Lunatic asylums Central Provinces reports 1874-1885 - 1874-1885
Year: 1874
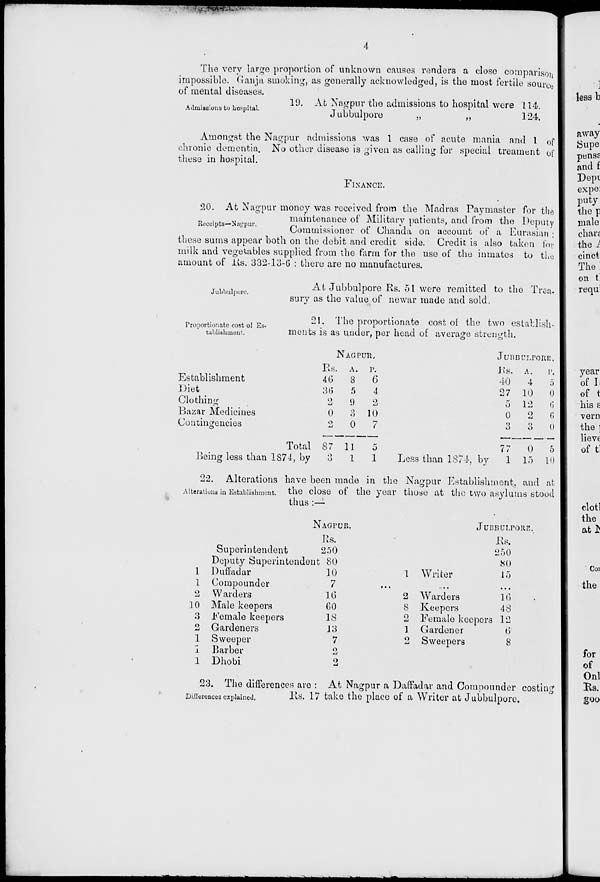
4
The very large proportion of unknown causes renders a close comparison
impossible. Ganja smoking, as generally acknowledged, is the most fertile source
of mental diseases.
Admissions to hospital.
19. At Nagpur the admissions to hospital were 114.
Jubbulpore
„ „
124.
Amongst the Nagpur admissions was 1 case of acute mania and 1 of
chronic dementia. No other disease is given as calling for special treament of
these in hospital.
FINANCE.
Receipts—Nagpur.
20. At Nagpur money was received from the Madras Paymaster for the
maintenance of Military patients, and from the Deputy
Commissioner of Chanda on account of a Eurasian :
these sums appear both on the debit and credit side. Credit is also taken for
milk and vegetables supplied from the farm for the use of the inmates to the
amount of Rs. 332-13-6 : there are no manufactures.
Jubbulpore.
At Jubbulpore Rs. 51 were remitted to the Trea-
sury as the value of newar made and sold.
Proportionate cost of Es-
tablishment.
21. The proportionate cost of the two establish-
ments is as under, per head of average strength.
Establishment
Diet
Clothing
Bazar Medicines
Contingencies
Total
Being less than 1874, by
NAGPUR.
Rs.
46
36
2
0
2
87
3
A.
3
5
9
3
0
11
1
P.
6
4
2
10
7
5
1
Less than 1874, by
JUBBULPORE.
Rs.
40
27
5
0
3
77
1
A.
4
10
12
2
3
0
15
P.
5
0
6
6
0
5
10
Alterations in Establishment.
22. Alterations have been made in the Nagpur Establishment, and at
the close of the year those at the two asylums stood
thus :—
1
1
2
10
3
2
1
1
1
Superintendent
Deputy Superintendent
Duffadar
Compounder
Warders
Male keepers
Female keepers
Gardeners
Sweeper
Barber
Dhobi
NAGPUR.
Rs.
250
80
10
7
16
60
18
13
7
2
2
1
...
2
8
2
1
2
Writer
...
Warders
Keepers
Female keepers
Gardener
Sweepers
JUBBULPORE.
Rs.
250
80
15
...
16
48
12
6
8
Differences explained.
23. The differences are : At Nagpur a Daffadar and Compounder costing
Rs. 17 take the place of a Writer at Jubbulpore.